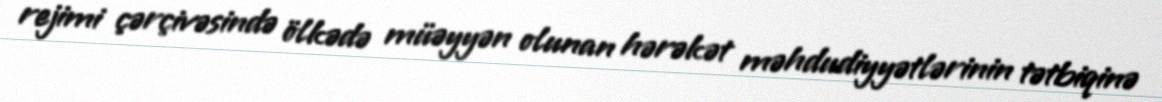
rejimi çərçivəsində ölkədə müəyyən olunan hərəkət məhdudiyyətlərinin tətbiqinə